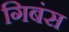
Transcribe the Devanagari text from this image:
गिबंस